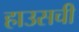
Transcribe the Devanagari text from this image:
हाउसची